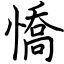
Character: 憍